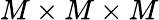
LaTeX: M\times M\times M